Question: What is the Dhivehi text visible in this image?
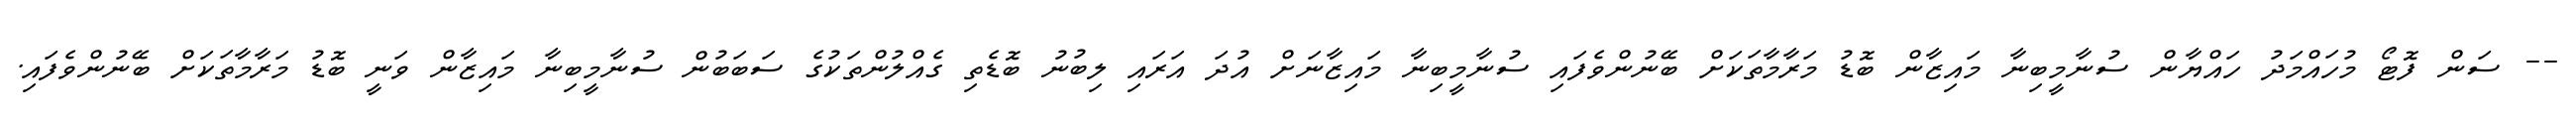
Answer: -- ސަން ފޮޓޯ މުހައްމަދު ހައްޔާން ސުނާމީބިނާ މައިޒާން ބޮޑު މަރާމާތަކަށް ބޭނުންވެފައި ސުނާމީބިނާ މައިޒާނަށް އުދަ އަރައި ލިބުނު ބޮޑެތި ގެއްލުންތަކުގެ ސަބަބުން ސުނާމީބިނާ މައިޒާން ވަނީ ބޮޑު މަރާމާތަކަށް ބޭނުންވެފައި.